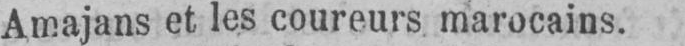
Amajans et les coureurs marocains.